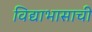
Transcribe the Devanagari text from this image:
विद्याभासाची